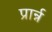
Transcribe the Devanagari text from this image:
प्रार्न्न